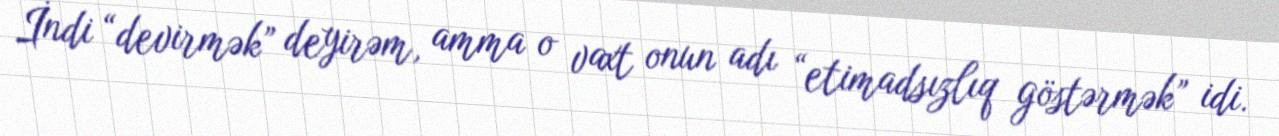
İndi “devirmək” deyirəm, amma o vaxt onun adı “etimadsızlıq göstərmək” idi.